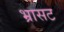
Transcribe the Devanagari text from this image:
भ्रासट